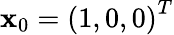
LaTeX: \mathbf{x}_{0}=\left(1,0,0\right)^{T}